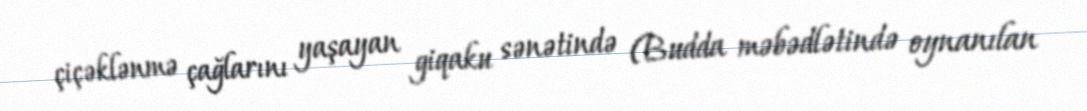
çiçəklənmə çağlarını yaşayan giqaku sənətində (Budda məbədlətində oynanılan